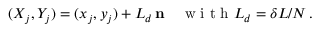
( X _ { j } , Y _ { j } ) = ( x _ { j } , y _ { j } ) + L _ { d } \, { \bf { n } } \quad \mathrm { ~ w ~ i ~ t ~ h ~ } L _ { d } = \delta L / N \, .